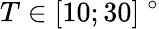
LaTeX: T\in[10;30]~^{\circ}